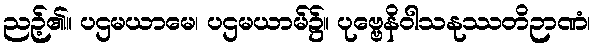
ညဉ့်၏။ ပဌမယာမေ၊ ပဌမယာမ်၌။ ပုဗ္ဗေနိဝါသနုဿတိဉာဏံ၊